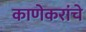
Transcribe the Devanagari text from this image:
काणेकरांचे